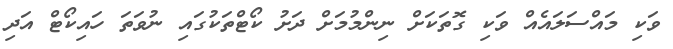
ވަކި މައްސަލައެއް ވަކި ގޮތަކަށް ނިންމުމަށް ދަށު ކޯޓްތަކުގައި ނުވަތަ ހައިކޯޓް އަދި